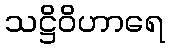
သဋ္ဌိဝိဟာရေ